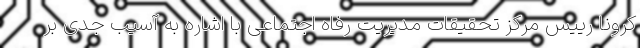
کرونا رییس مرکز تحقیقات مدیریت رفاه اجتماعی با اشاره به آسیب جدی بر